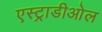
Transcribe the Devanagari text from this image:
एस्ट्राडीओल